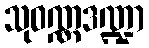
သုဝဏ္ဏဒဏ္ဍာ